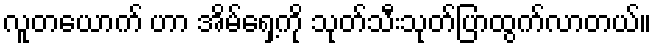
လူတယောက် ဟာ အိမ်ရှေ့ကို သုတ်သီးသုတ်ပြာထွက်လာတယ်။